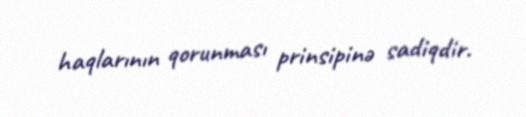
haqlarının qorunması prinsipinə sadiqdir.